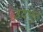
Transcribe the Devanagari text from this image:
उदभुत